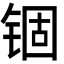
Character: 锢